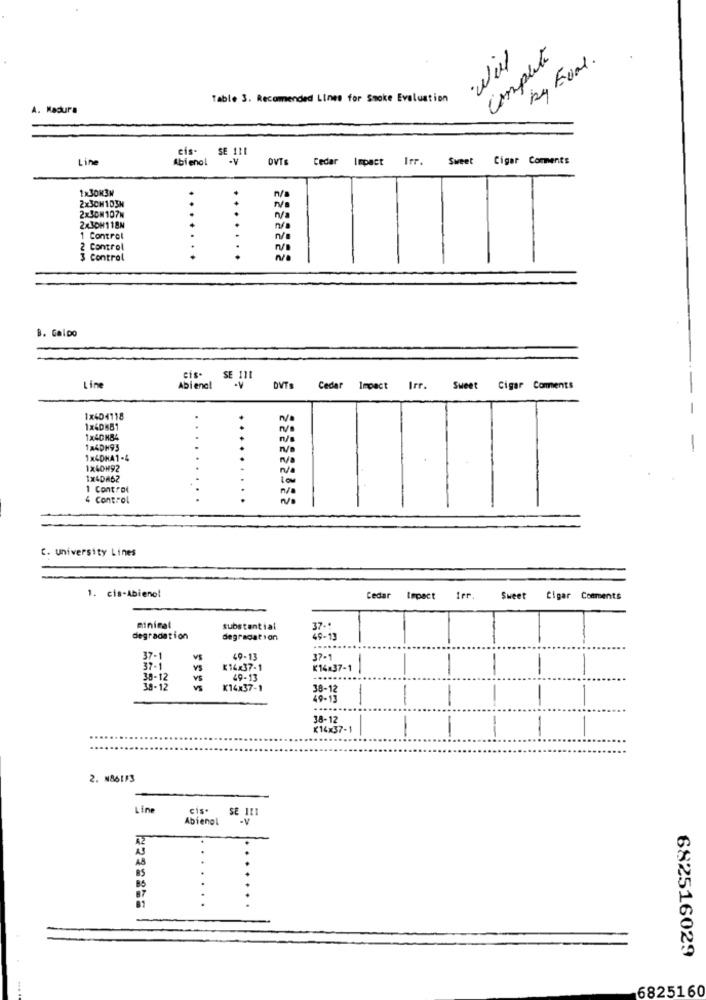
Complete
·will
ky Eval.
Table 3. Recomended Lines for Smoke Evaluation
A. Madura
eis-
SE 111
Lin
Abienal
OVTE
Cedar Impact Irr.
Sweet
Cigar Comments
1x30N3M
2x3CM1D3H
2x3CM107M
n/a
2×3OH118N
NO
1 Control
.....
n/a
2 Control
3 Control
B. Galpo
cis-
SE 111
Line
Abienel
DVTs Cedar Impact Irr.
Sweet
Cigar Coments
1x404118
1x40×81
1×40N84
1x4DH93
1 x4DHA1-4
1x40H92
1x40862
100
1 Control
N/a
4 Control
C. university Lines
1. cis-Abienel
Cedar
Impact
Ier
Sweet
Cigar Comments
minimal
substantial
37-
degradation
degradation
49-13
37-1
VE
49-13
37-1
37-1
K14x37-1
K14x37-1
38-12
VS
49-13
.....
38-12
K14x37-1
38-12
49-13
-
1
......
38-12
K14x37-1
2. N861F3
Line
cis.
SE 111
Abienol
85
682516029
6825160